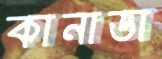
কানাডা